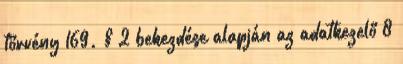
törvény 169. § 2 bekezdése alapján az adatkezelő 8